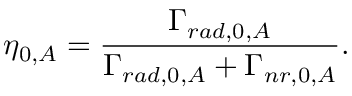
\eta _ { 0 , A } = \frac { \Gamma _ { r a d , 0 , A } } { \Gamma _ { r a d , 0 , A } + \Gamma _ { n r , 0 , A } } .